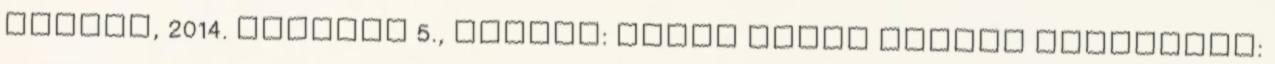
Online, 2014. október 5., szerző: Csáki Judit Hitler Horthynak: